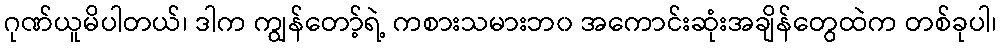
ဂုဏ်ယူမိပါတယ်၊ ဒါက ကျွန်တော့်ရဲ့ ကစားသမားဘ၀ အကောင်းဆုံးအချိန်တွေထဲက တစ်ခုပါ၊